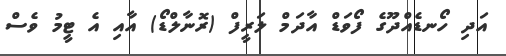
އަދި ހޯނޑެއްދޫގެ ފޯވަޑް އާދަމް ލަރީފް (ރޮނާލްޑޯ) އާއި އެ ޓީމު ވެސް